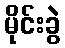
မိုင်းခွဲ